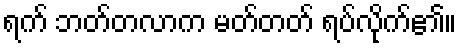
ရက် ဘတ်တလာက မတ်တတ် ရပ်လိုက်၏။